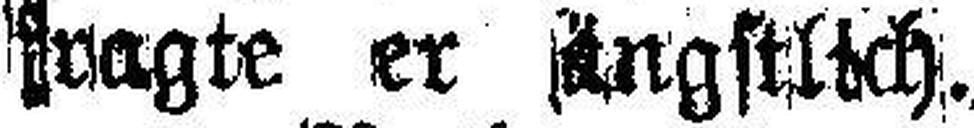
fragte er, ###ngstlich.